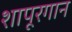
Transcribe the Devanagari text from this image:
शापूरगान